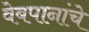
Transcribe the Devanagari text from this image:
वेबपानांचे